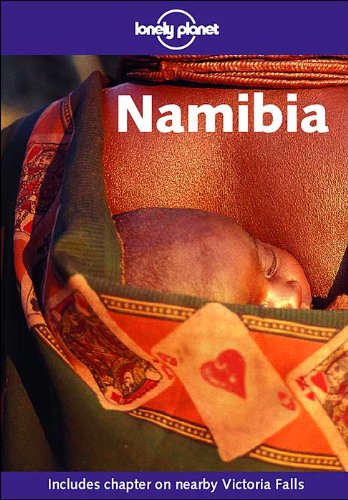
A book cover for Lonely Planet Namibia; Deanna Swaney; Travel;